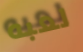
لعبه